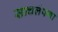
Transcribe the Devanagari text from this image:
साचलेपणा